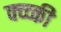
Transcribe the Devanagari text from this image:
क्व्व्की